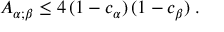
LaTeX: A _ { \alpha ; \beta } \leq 4 \, ( 1 - c _ { \alpha } ) \, ( 1 - c _ { \beta } ) \; .